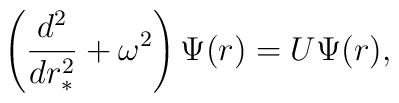
\left(\frac{d^{2}}{dr_{\ast}^{2}} + \omega^{2}\right) \Psi(r) = U\Psi(r),